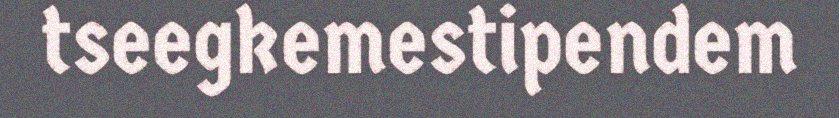
tseegkemestipendem